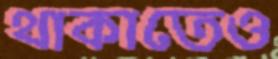
থাকাতেও